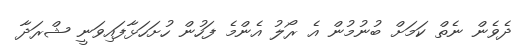
ދެވެން ނެތް ކަމަށް ބުނުމުން އެ ރޯލު އެންމެ ފަހުން ހުށަހަޅާފައިވަނީ ޝްރަދާ